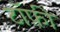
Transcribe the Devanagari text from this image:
टॉफ़ी